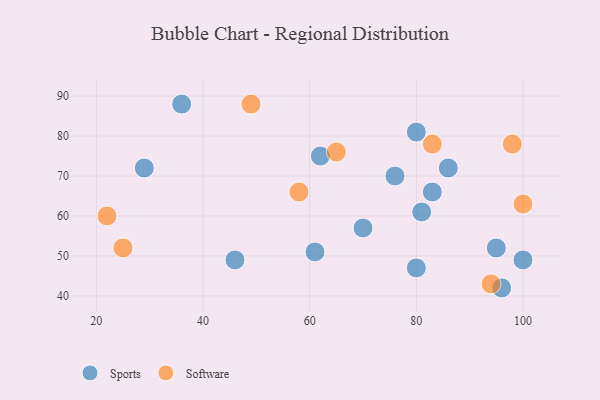
{"axis": {"x": "GDP", "y": "Life Expectancy"}, "legend": ["Software", "Sports"], "data": [{"x": "36", "y": 88, "type": "Sports"}, {"x": "61", "y": 51, "type": "Sports"}, {"x": "86", "y": 72, "type": "Sports"}, {"x": "70", "y": 57, "type": "Sports"}, {"x": "80", "y": 47, "type": "Sports"}, {"x": "29", "y": 72, "type": "Sports"}, {"x": "62", "y": 75, "type": "Sports"}, {"x": "100", "y": 49, "type": "Sports"}, {"x": "95", "y": 52, "type": "Sports"}, {"x": "81", "y": 61, "type": "Sports"}, {"x": "80", "y": 81, "type": "Sports"}, {"x": "76", "y": 70, "type": "Sports"}, {"x": "46", "y": 49, "type": "Sports"}, {"x": "96", "y": 42, "type": "Sports"}, {"x": "83", "y": 66, "type": "Sports"}, {"x": "83", "y": 78, "type": "Software"}, {"x": "58", "y": 66, "type": "Software"}, {"x": "100", "y": 63, "type": "Software"}, {"x": "25", "y": 52, "type": "Software"}, {"x": "22", "y": 60, "type": "Software"}, {"x": "94", "y": 43, "type": "Software"}, {"x": "65", "y": 76, "type": "Software"}, {"x": "49", "y": 88, "type": "Software"}, {"x": "98", "y": 78, "type": "Software"}]}